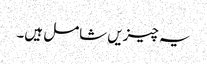
یہ چیزیں شامل ہیں۔